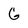
Character: G